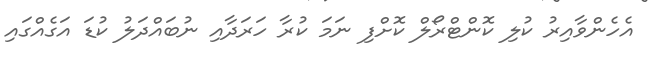
އެހެންވާއިރު ކުލި ކޮންޓްރޯލް ކޮށްފި ނަމަ ކުރާ ހަރަދާއި ނުބައްދަލު ކުޑަ އަގެއްގައި